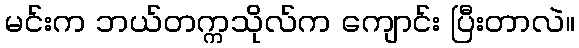
မင်းက ဘယ်တက္ကသိုလ်က ကျောင်း ပြီးတာလဲ။